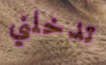
تدخلني